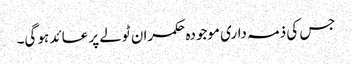
جس کی ذمہ داری موجودہ حکمران ٹولے پر عائد ہو گی۔